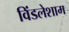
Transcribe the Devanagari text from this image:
विंडलेशाम